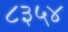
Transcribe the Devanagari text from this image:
८३५४